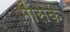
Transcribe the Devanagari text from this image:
मांसके